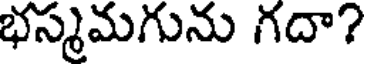
భస్మమగును గదా?